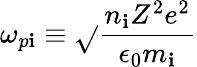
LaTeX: \omega_{p\mathbf{i}}\equiv{\sqrt{}{{\frac{{n_{\mathbf{i}}Z^{2}e^{2}}}{{\epsilon_{0}m_{\mathbf{i}}}}}}}